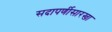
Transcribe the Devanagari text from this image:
सदापर्णीसारखा